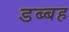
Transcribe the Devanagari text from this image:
डब्बह